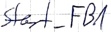
Text: Start_FB1